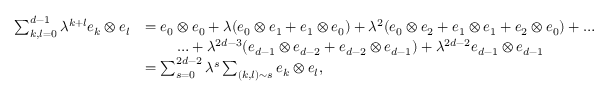
\begin{array} { r l } { \sum _ { k , l = 0 } ^ { d - 1 } \lambda ^ { k + l } e _ { k } \otimes e _ { l } } & { = e _ { 0 } \otimes e _ { 0 } + \lambda ( e _ { 0 } \otimes e _ { 1 } + e _ { 1 } \otimes e _ { 0 } ) + \lambda ^ { 2 } ( e _ { 0 } \otimes e _ { 2 } + e _ { 1 } \otimes e _ { 1 } + e _ { 2 } \otimes e _ { 0 } ) + \ldots } \\ & { { \quad \quad } \ldots + \lambda ^ { 2 d - 3 } ( e _ { d - 1 } \otimes e _ { d - 2 } + e _ { d - 2 } \otimes e _ { d - 1 } ) + \lambda ^ { 2 d - 2 } e _ { d - 1 } \otimes e _ { d - 1 } } \\ & { = \sum _ { s = 0 } ^ { 2 d - 2 } \lambda ^ { s } \sum _ { ( k , l ) \sim s } e _ { k } \otimes e _ { l } , } \end{array}